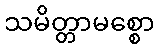
သမိတ္တာမစ္စော